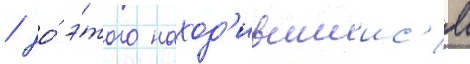
/ до́ э́того наход'ившиис'я